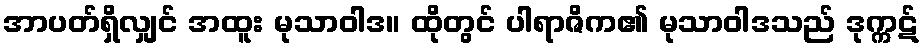
အာပတ်ရှိလျှင် အထူး မုသာဝါဒ။ ထိုတွင် ပါရာဇိက၏ မုသာဝါဒသည် ဒုက္ကဋ်